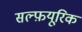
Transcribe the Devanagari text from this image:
सल्फ़यूरिक